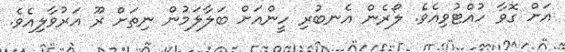
އަށް ގޮވާ ހުއްޓުވިއެވެ. ލޯރެން އެނބުރި ހީންއަށް ބަލާލަމުން ނިތަށް ރޫ އަރުވާލިއެވެ.